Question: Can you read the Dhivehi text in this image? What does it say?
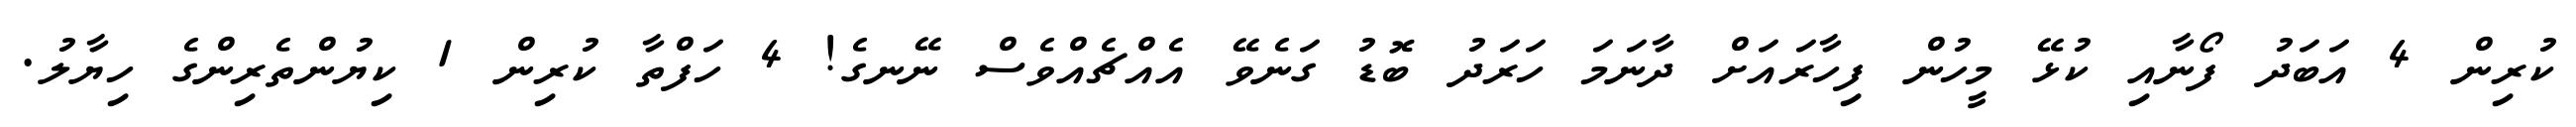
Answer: ކުރިން 4 އަބަދު ފޯނާއި ކުޅޭ މީހުން ފިހާރައަށް ދާނަމަ ހަރަދު ބޮޑު ގަނެވޭ އެއްޗެއްވެސް ނޭނގެ! 4 ހަފްތާ ކުރިން 1 ކިޔުންތެރިންގެ ހިޔާލު.